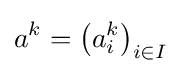
a^{k}=\left(a_{i}^{k}\right)_{i\in I}